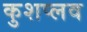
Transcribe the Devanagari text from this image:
कुशप्लव